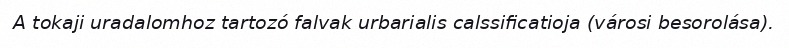
A tokaji uradalomhoz tartozó falvak urbarialis calssificatioja (városi besorolása).